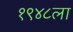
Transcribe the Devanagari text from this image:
१९४८ला